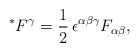
\begin{align*}^*{F^\gamma} = \frac{1}{2} \, \epsilon^{\alpha \beta \gamma}F_{\alpha \beta}, \end{align*}